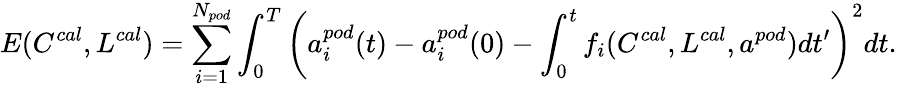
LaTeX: E(C^{cal},L^{cal})=\sum_{i=1}^{N_{pod}}\int_{0}^{T}\left(a_{i}^{pod}(t)-a_{i}^{pod}(0)-\int_{0}^{t}f_{i}(C^{cal},L^{cal},a^{pod})dt^{\prime}\right)^{2}dt.